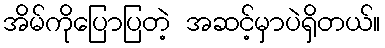
အိမ်ကိုပြောပြတဲ့ အဆင့်မှာပဲရှိတယ်။